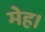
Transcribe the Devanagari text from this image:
मेह।